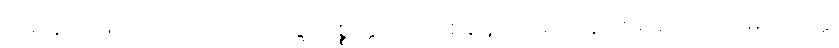
ဝိမာန-ဋ္ဌ-၈၊ ပါ-၁၊ တေ-သဒ္ဒေါ ပစ္စတ္တ ဗဟုဝစနေ သမ္ပဒါနေ ကရဏေ သာမိအတ္ထေ